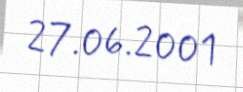
27.06.2001